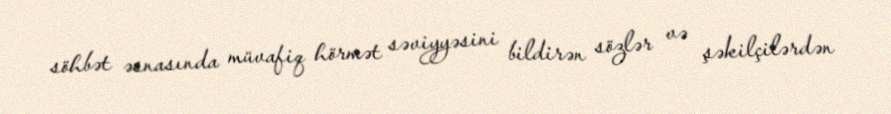
söhbət əsnasında müvafiq hörmət səviyyəsini bildirən sözlər və şəkilçilərdən